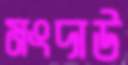
মংদাউ